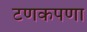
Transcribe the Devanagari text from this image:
टणकपणा